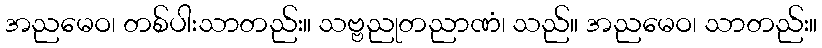
အညမေဝ၊ တစ်ပါးသာတည်း။ သဗ္ဗညုတညာဏံ၊ သည်။ အညမေဝ၊ သာတည်း။